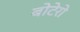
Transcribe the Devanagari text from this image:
बोटेरो